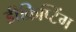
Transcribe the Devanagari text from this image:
डीक्रिप्टिंग